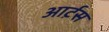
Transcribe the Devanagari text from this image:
आर्ट़स